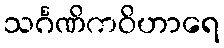
သင်္ဂဏိကဝိဟာရေ